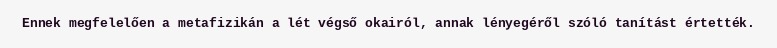
Ennek megfelelően a metafizikán a lét végső okairól, annak lényegéről szóló tanítást értették.